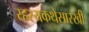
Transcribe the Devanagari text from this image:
रहस्यकथेसारखी